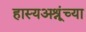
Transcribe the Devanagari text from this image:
हास्यअश्रूंच्या